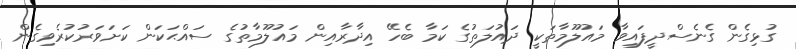
ގުޅިގެން ގެނެސްދީފައިވާ މައުލޫމާތަކީ ދައުލަތުގެ ކަމާ ބެހޭ އިދާރާއިން މައުލޫމާތުގެ ސައްޙަކަން ކަށަވަރުކުރެވިގެން